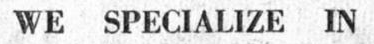
WE SPECIALIZE IN